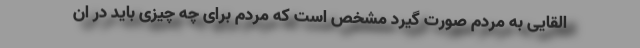
القایی به مردم صورت گیرد مشخص است که مردم برای چه چیزی باید در ان